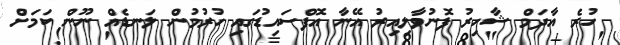
ހުރެ އާދަމް ޝާހިރު ފޮނުވާލިއިރު އޭނާ އޮފްސައިޑުގައި ހުރުމުން ލަނޑެއް ނޫން ކަމަށް